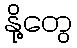
နို့တွေ